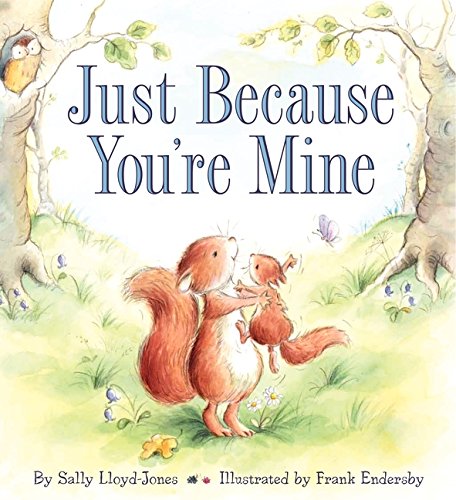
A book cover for Just Because You're Mine; Sally Lloyd-Jones; Children's Books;